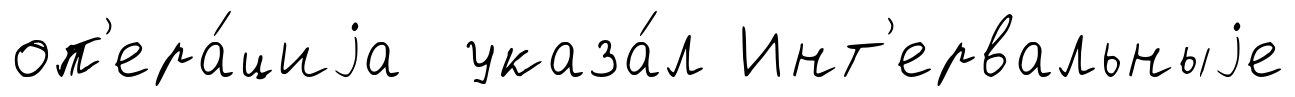
оп'ера́циjа указа́л Инт'ервальныjе